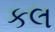
કલ